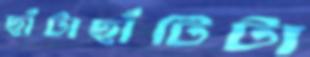
ছাঁটাছাঁটিটা